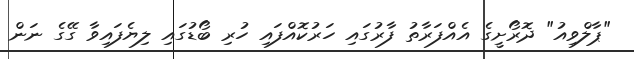
"ޕާލްވިއު" ދޮރޯށީގެ އެއްފަރާތު ފާރުގައި ހަރުކޮއްފައި ހުރި ބޯޑުގައި ލިޔެފައިވާ ގޭގެ ނަން